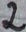
Text: 2